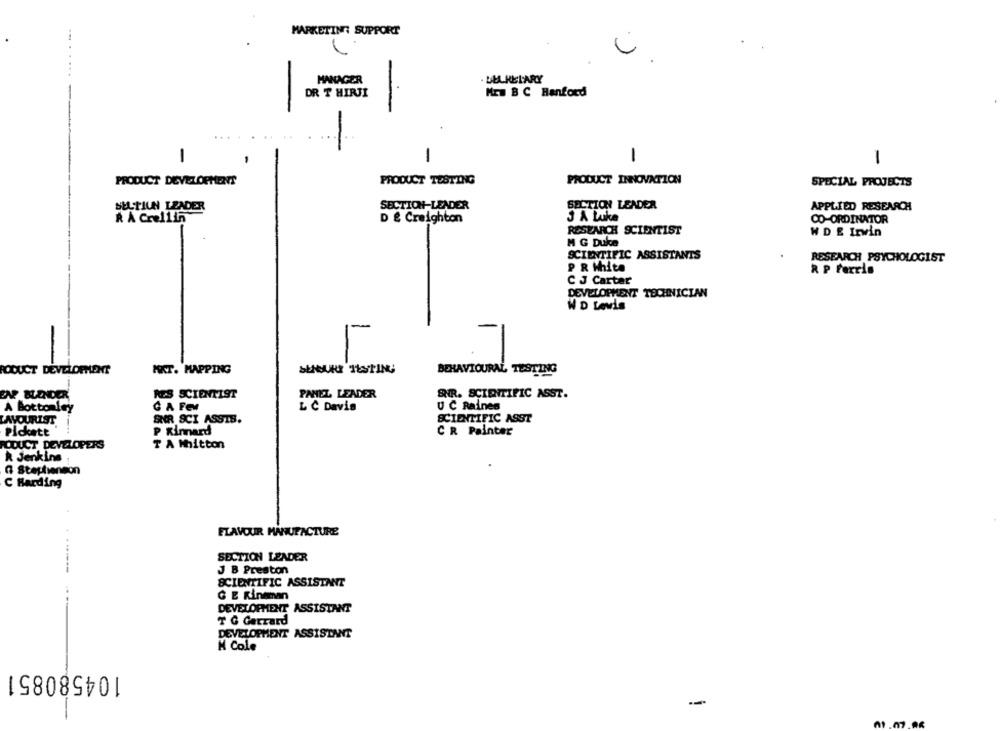
MARKETING SUPPORT
MANAGER
LELKELARY
DR T HIRJI
Mr. B C Hanford
-
-
1
-
1
-
PRODUCT DEVELOPMENT
PRODUCT TESTING
PRODUCT INNOVATION
SPECIAL PROJECTS
SECTION LEADER
SELTIUN LEADER
SECTION-LEADER
APPLIED RESEARCH
A A Crellin
D & Creighton
J A Luke
CO-ORDINATOR
RESEARCH SCIENTIST
W DE Irwin
M G Duke
SCIENTIFIC ASSISTANTS
RESEARCH PSYCHOLOGIST
P R White
C J Carter
DEVELOPMENT TECHNICIAN
W D Lewis
RODUCT DEVELOPMENT
HAT. MAPPING
SEGURI TESTING
BEHAVIOURAL TESTING
CNP BLENDER
RES SCIENTIST
PANEL LEADER
SHR. SCIENTIFIC ASST.
A Bottonley
G A Few
L C Davis
U C Raines
LAYOURIST
SHR SCI ASSIS.
SCIENTIFIC ASST
Pickett
C R Painter
P Kinard
RODUCT DEVELOPERS
T A Mhitton
k Jenkins
G Stephenson
C Harding
ELAVOUR MANUFACTURE
SECTION LENDER
J B Preston
SCIENTIFIC ASSISTANT
G E Kinman
DEVELOPMENT ASSISTANT
T G Gerrard
DEVELOPMENT ASSISTANT
N Cole
104580851
-
2.07.Ak